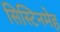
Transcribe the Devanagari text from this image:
सिस्टिनमेह